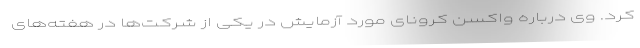
کرد. وی درباره واکسن کرونای مورد آزمایش در یکی از شرکت‌ها در هفته‌های